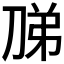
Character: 𭃦